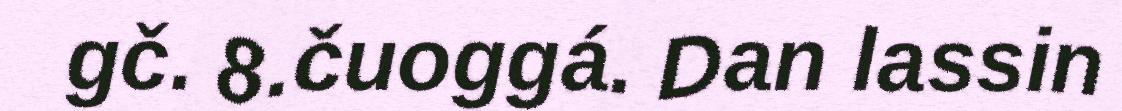
gč. 8.čuoggá. Dan lassin